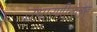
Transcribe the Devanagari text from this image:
उभारणीनंतर